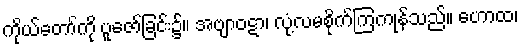
ကိုယ်တော်ကို ပူဇော်ခြင်း၌။ အဗျာဝဋာ၊ လုံ့လမစိုက်ကြကုန်သည်။ ဟောထ၊